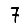
Digit: 7